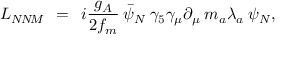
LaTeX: { \cal L } _ { N \! N \! M } \: \: = \: \: i \frac { g _ { A } } { 2 f _ { m } } \: \bar { \psi } _ { N } \: \gamma _ { 5 } \gamma _ { \mu } \partial _ { \mu } \: m _ { a } \lambda _ { a } \: \psi _ { N } ,